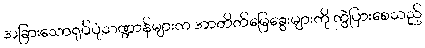
အခြားသောရုပ်ပုံသဏ္ဍာန်များက အာတိတ်မြေခွေးများကို ကွဲပြားစေသည့်